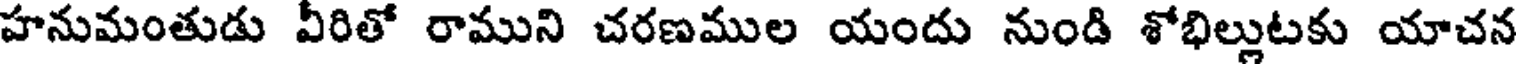
హనుమంతుడు వీరితో రాముని చరణముల యందు నుండి శోభిల్లుటకు యాచన